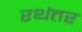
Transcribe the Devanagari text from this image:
रथंतर